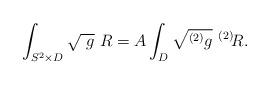
LaTeX: \begin{align*}\int_{S^2 \times D} \sqrt{\ g}\ R = A\int_{D}\sqrt{ ^{(2)}g}\ ^{(2)}\!R.\end{align*}